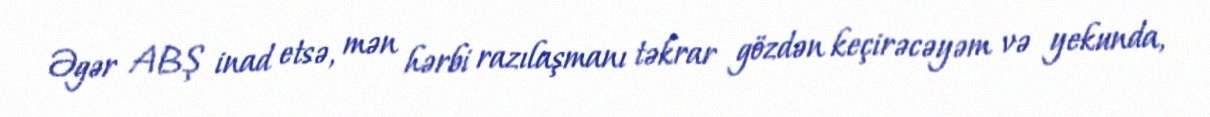
Əgər ABŞ inad etsə, mən hərbi razılaşmanı təkrar gözdən keçirəcəyəm və yekunda,